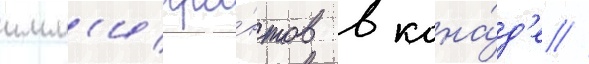
имм'игра́нтов в кана́д'е //